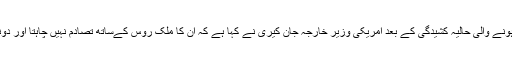
سنوڈن کی امریکہ حوالگی کے مطالبے پر واشنگٹن اور ماسکو میں پیدا ہونے والی حالیہ کشیدگی کے بعد امریکی وزیرِ خارجہ جان کیری نے کہا ہے کہ ان کا ملک روس کےساتھ تصادم نہیں چاہتا اور دونوں ملکوں کو اس معاملے پر"متحمل اور مدلل" انداز اختیار کرنا چاہیے۔